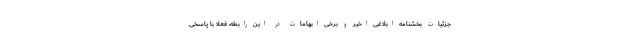
جزئیات بخشنامه ابلاغی اخیر و برخی ابهامات در این رابطه، فعلا با پاسخی